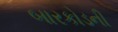
બારકોડની